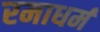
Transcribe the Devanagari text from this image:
रमाधर्म